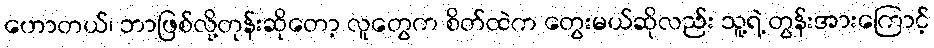
ဟောတယ်၊ ဘာဖြစ်လို့တုန်းဆိုတော့ လူတွေက စိတ်ထဲက တွေးမယ်ဆိုလည်း သူ့ရဲ့ တွန်းအားကြောင့်